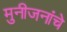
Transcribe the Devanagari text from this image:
मुनीजनांचे